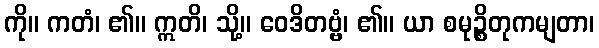
ကို။ ကတံ၊ ၏။ ဣတိ၊ သို့။ ဝေဒိတဗ္ဗံ၊ ၏။ ယာ စမုဉ္စိတုကမျတာ၊